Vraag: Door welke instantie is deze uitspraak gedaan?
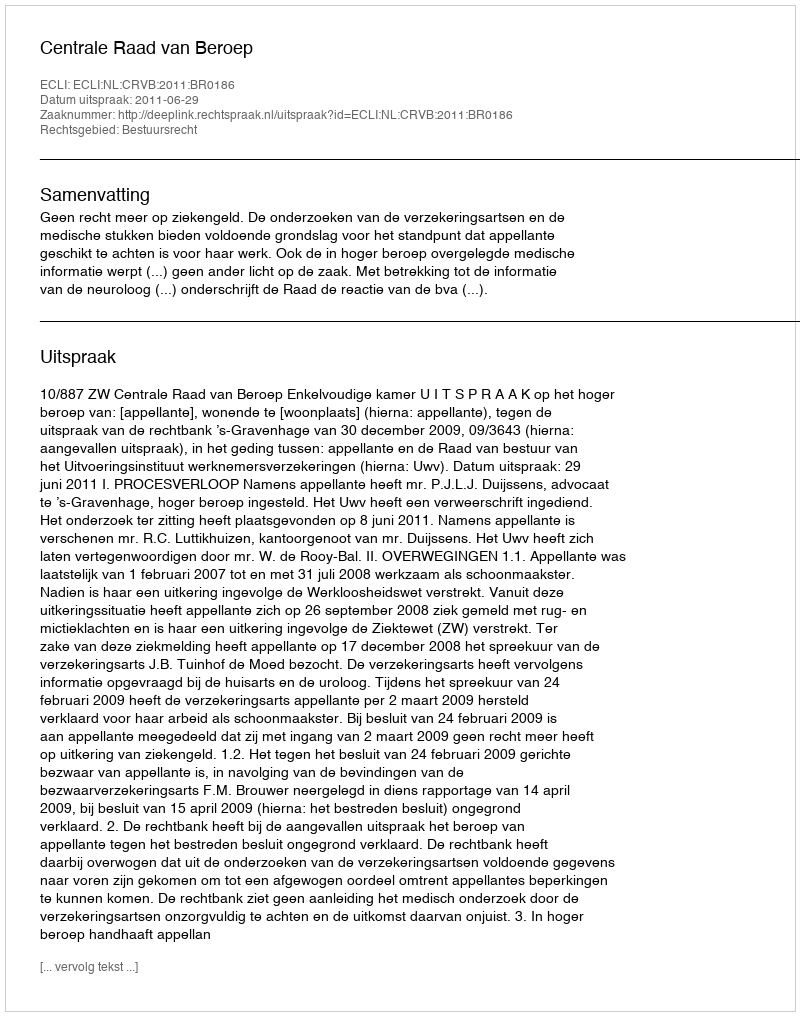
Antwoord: Centrale Raad van Beroep